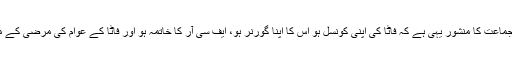
انھوں نے کہا کہ ان کی جماعت کا منشور یہی ہے کہ فاٹا کی اپنی کونسل ہو اس کا اپنا گورنر ہو، ایف سی آر کا خاتمہ ہو اور فاٹا کے عوام کی مرضی کے مطابق فیصلہ ہونا چاہیے۔